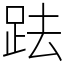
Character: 䟩